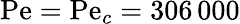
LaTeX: \mathrm{Pe}=\mathrm{Pe}_{c}=306\, 000